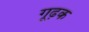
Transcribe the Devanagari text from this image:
गूढ़क